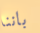
باننا